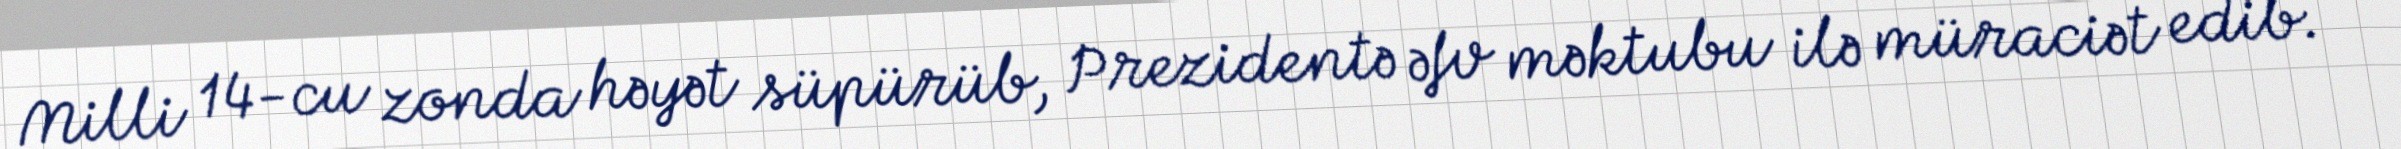
Milli 14-cu zonda həyət süpürüb, Prezidentə əfv məktubu ilə müraciət edib.